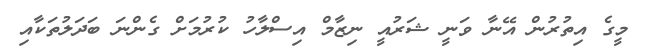
މީގެ އިތުރުން އޭނާ ވަނީ ޝަރުއީ ނިޒާމް އިސްލާހު ކުރުމަށް ގެންނަ ބަދަލުތަކާއި